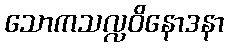
သောကသလ္လဝိနောဒနာ